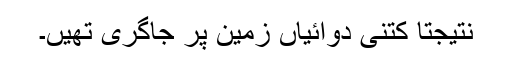
نتیجتاً کتنی دوائیاں زمین پر جاگری تھیں۔